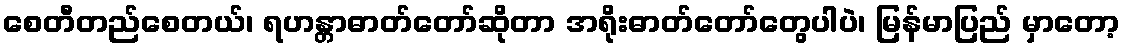
စေတီတည်စေတယ်၊ ရဟန္တာဓာတ်တော်ဆိုတာ အရိုးဓာတ်တော်တွေပါပဲ၊ မြန်မာပြည် မှာတော့